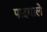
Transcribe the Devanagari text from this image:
पादवाले